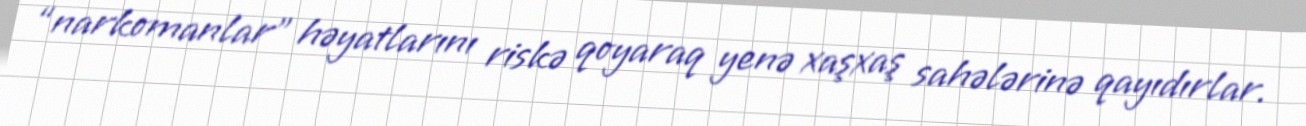
“narkomanlar” həyatlarını riskə qoyaraq yenə xaşxaş sahələrinə qayıdırlar.